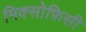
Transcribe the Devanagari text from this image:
मिक्सोफ़िसी